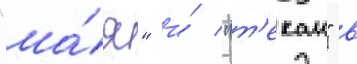
"ма́я" и́ "т'екаи" в